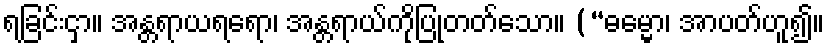
ရခြင်းငှာ။ အန္တရာယရရော၊ အန္တရာယ်ကိုပြုတတ်သော။ (“ဓမ္မော၊ အာပတ်ဟူ၍။